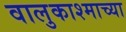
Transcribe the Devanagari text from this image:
वालुकाश्माच्या